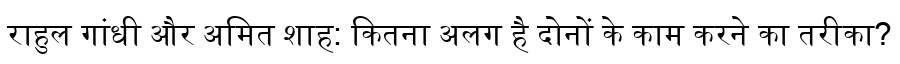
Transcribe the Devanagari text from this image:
राहुल गांधी और अमित शाह: कितना अलग है दोनों के काम करने का तरीका?